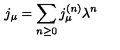
j _ { \mu } = \sum _ { n \ge 0 } j _ { \mu } ^ { ( n ) } \lambda ^ { n }